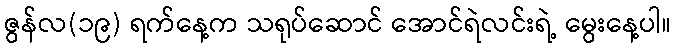
ဇွန်လ(၁၉) ရက်နေ့က သရုပ်ဆောင် အောင်ရဲလင်းရဲ့ မွေးနေ့ပါ။